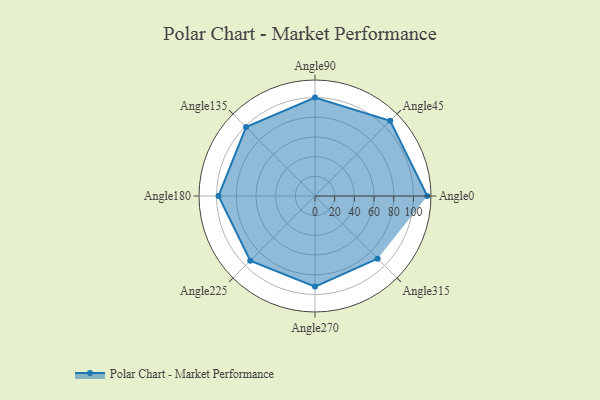
{"axis": {"x": "Angle", "y": "Radius"}, "legend": [""], "data": [{"x": "Angle0", "y": 114.0, "type": ""}, {"x": "Angle45", "y": 108.0, "type": ""}, {"x": "Angle90", "y": 100.0, "type": ""}, {"x": "Angle135", "y": 99.0, "type": ""}, {"x": "Angle180", "y": 98.0, "type": ""}, {"x": "Angle225", "y": 93.0, "type": ""}, {"x": "Angle270", "y": 92.0, "type": ""}, {"x": "Angle315", "y": 90.0, "type": ""}]}